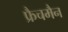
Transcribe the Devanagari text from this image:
फ्रैचमैन